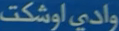
وادي اوشتکت